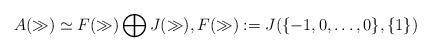
LaTeX: \begin{align*}A(\gg)\simeq F(\gg)\bigoplus J(\gg),F(\gg):=J(\{-1,0,\ldots,0\}, \{1\})\end{align*}